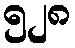
၅၂၈